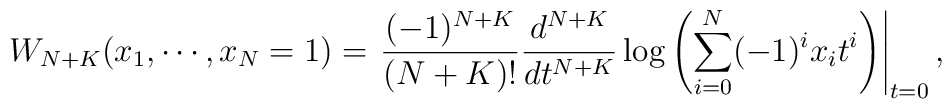
W_{N+K}(x_1,\cdots ,x_N=1) = \left.\frac{(-1)^{N+K}}{(N+K)!}\frac{d^{N+K}}{dt^{N+K}}\log\left(\sum_{i=0}^{N}(-1)^ix_it^i\right)\right|_{t=0},